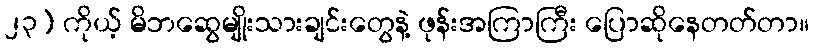
၂၃) ကိုယ့် မိဘဆွေမျိုးသားချင်းတွေနဲ့ ဖုန်းအကြာကြီး ပြောဆိုနေတတ်တာ။